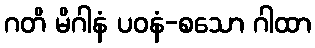
ဂတိ မိဂါနံ ပဝနံ-စသော ဂါထာ